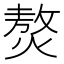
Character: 𤎅